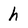
Character: h